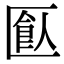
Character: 𠥗